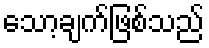
သော့ချက်ဖြစ်သည်